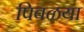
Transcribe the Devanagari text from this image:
पिवळया